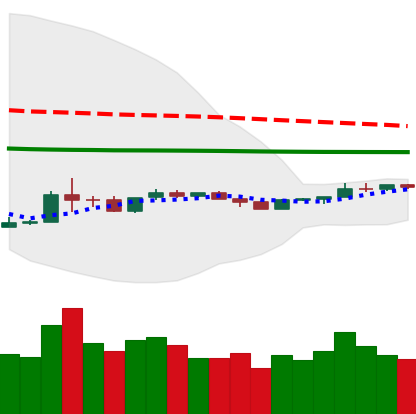
Ticker: ETH-USD
Chart end date: 2020-04-05
Forward return: 10.356%
Label: up_7plus